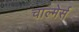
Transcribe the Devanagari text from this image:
चाल्मेर्स